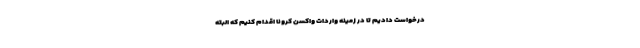
درخواست دادیم تا در زمینه واردات واکسن کرونا اقدام کنیم که البته